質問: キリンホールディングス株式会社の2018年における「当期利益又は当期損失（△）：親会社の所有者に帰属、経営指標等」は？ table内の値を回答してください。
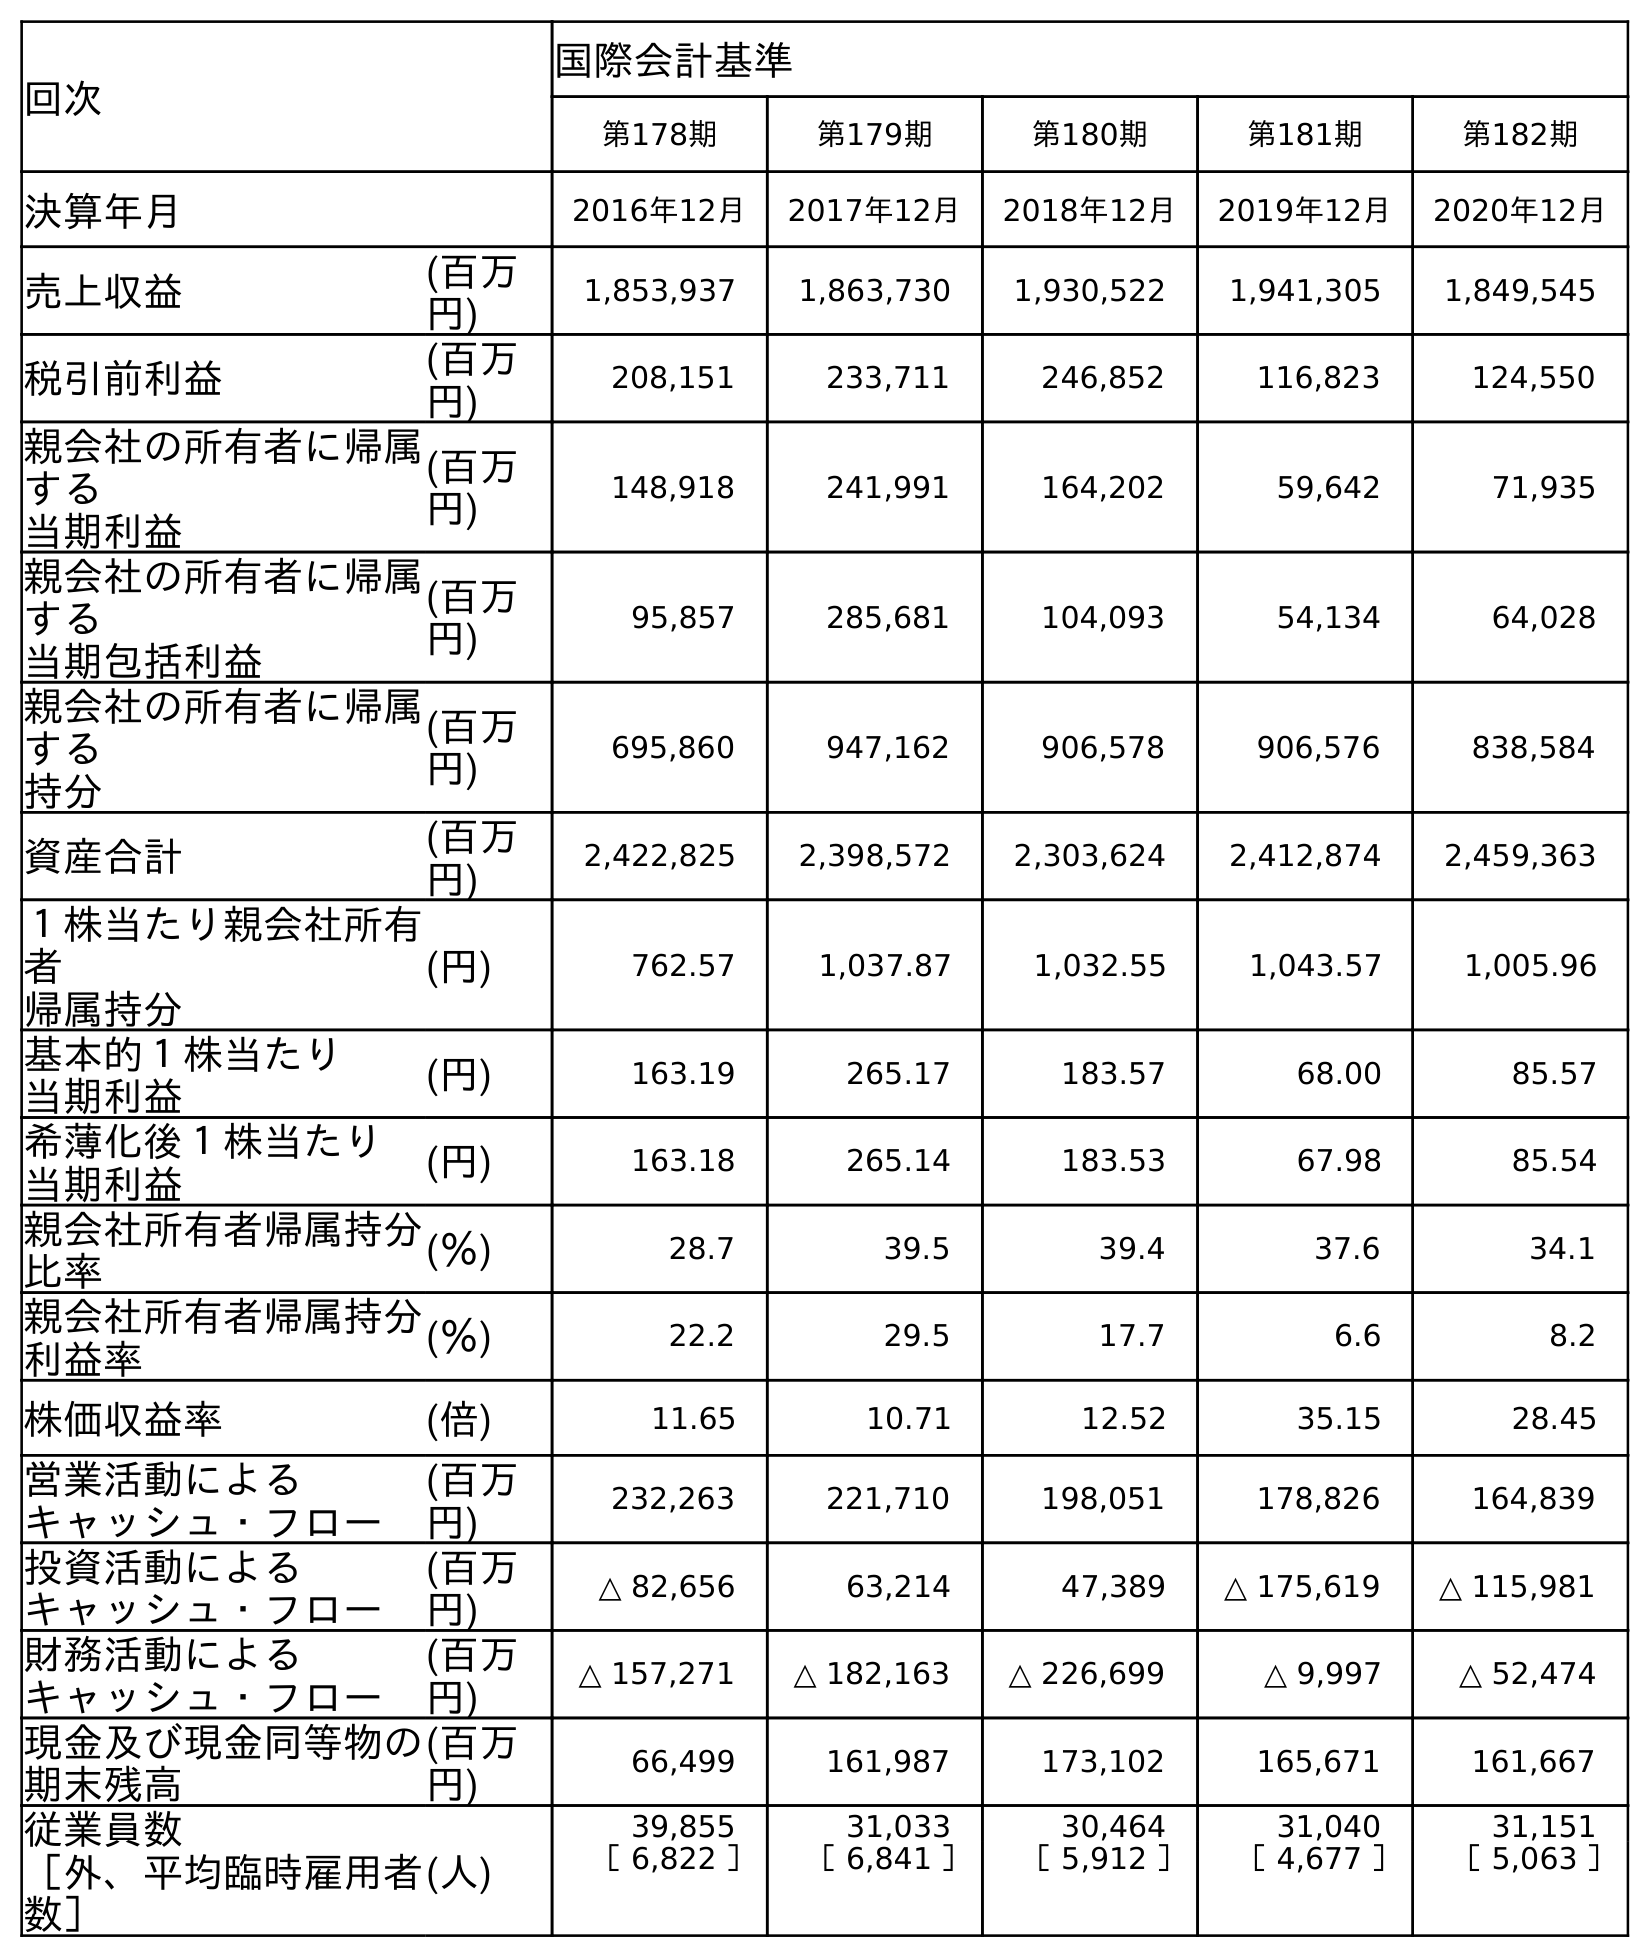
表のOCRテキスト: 回次 国際会計基準 第178期 第179期 第180期 第181期 第182期 決算年月 2016年12月 2017年12月 2018年12月 2019年12月 2020年12月 売上収益 (百万 円) 1,853,937 1,863,730 1,930,522 1,941,305 1,849,545 税引前利益 (百万 円) 208,151 233,711 246,852 116,823 124,550 親会社の所有者に帰属 する 当期利益 (百万 円) 148,918 241,991 164,202 59,642 71,935 親会社の所有者に帰属 する 当期包括利益 (百万 円) 95,857 285,681 104,093 54,134 64,028 親会社の所有者に帰属 する 持分 (百万 円) 695,860 947,162 906,578 906,576 838,584 資産合計 (百万 円) 2,422,825 2,398,572 2,303,624 2,412,874 2,459,363 １株当たり親会社所有 者 帰属持分 (円) 762.57 1,037.87 1,032.55 1,043.57 1,005.96 基本的１株当たり 当期利益 (円) 163.19 265.17 183.57 68.00 85.57 希薄化後１株当たり 当期利益 (円) 163.18 265.14 183.53 67.98 85.54 親会社所有者帰属持分 比率 (％) 28.7 39.5 39.4 37.6 34.1 親会社所有者帰属持分 利益率 (％) 22.2 29.5 17.7 6.6 8.2 株価収益率 (倍) 11.65 10.71 12.52 35.15 28.45 営業活動による キャッシュ・フロー (百万 円) 232,263 221,710 198,051 178,826 164,839 投資活動による キャッシュ・フロー (百万 円) △ 82,656 63,214 47,389 △ 175,619 △ 115,981 財務活動による キャッシュ・フロー (百万 円) △ 157,271 △ 182,163 △ 226,699 △ 9,997 △ 52,474 現金及び現金同等物の 期末残高 (百万 円) 66,499 161,987 173,102 165,671 161,667 従業員数 ［外、平均臨時雇用者 数］ (人) 39,855 31,033 30,464 31,040 31,151 ［ 6,822 ］ ［ 6,841 ］ ［ 5,912 ］ ［ 4,677 ］ ［ 5,063 ］
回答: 164,202